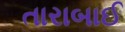
તારાબાઈ